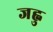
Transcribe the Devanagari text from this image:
जह्नु